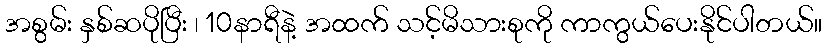
အစွမ်း နှစ်ဆပိုပြီး ၊ 10နာရီနဲ့ အထက် သင့်မိသားစုကို ကာကွယ်ပေးနိုင်ပါတယ်။